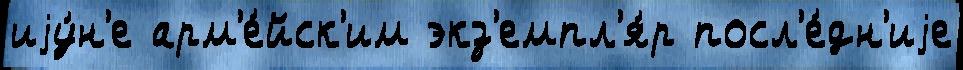
иjу́н'е арм'е́йск'им экз'емпл'я́р посл'е́дн'иjе